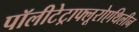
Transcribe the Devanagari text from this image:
पॉलीटेट्राफ्लूरोएथिलीन